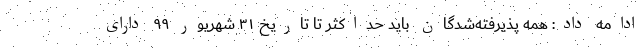
ادامه داد: همه پذیرفته‌شدگان باید حداکثر تا تاریخ ۳۱ شهریور ۹۹ دارای